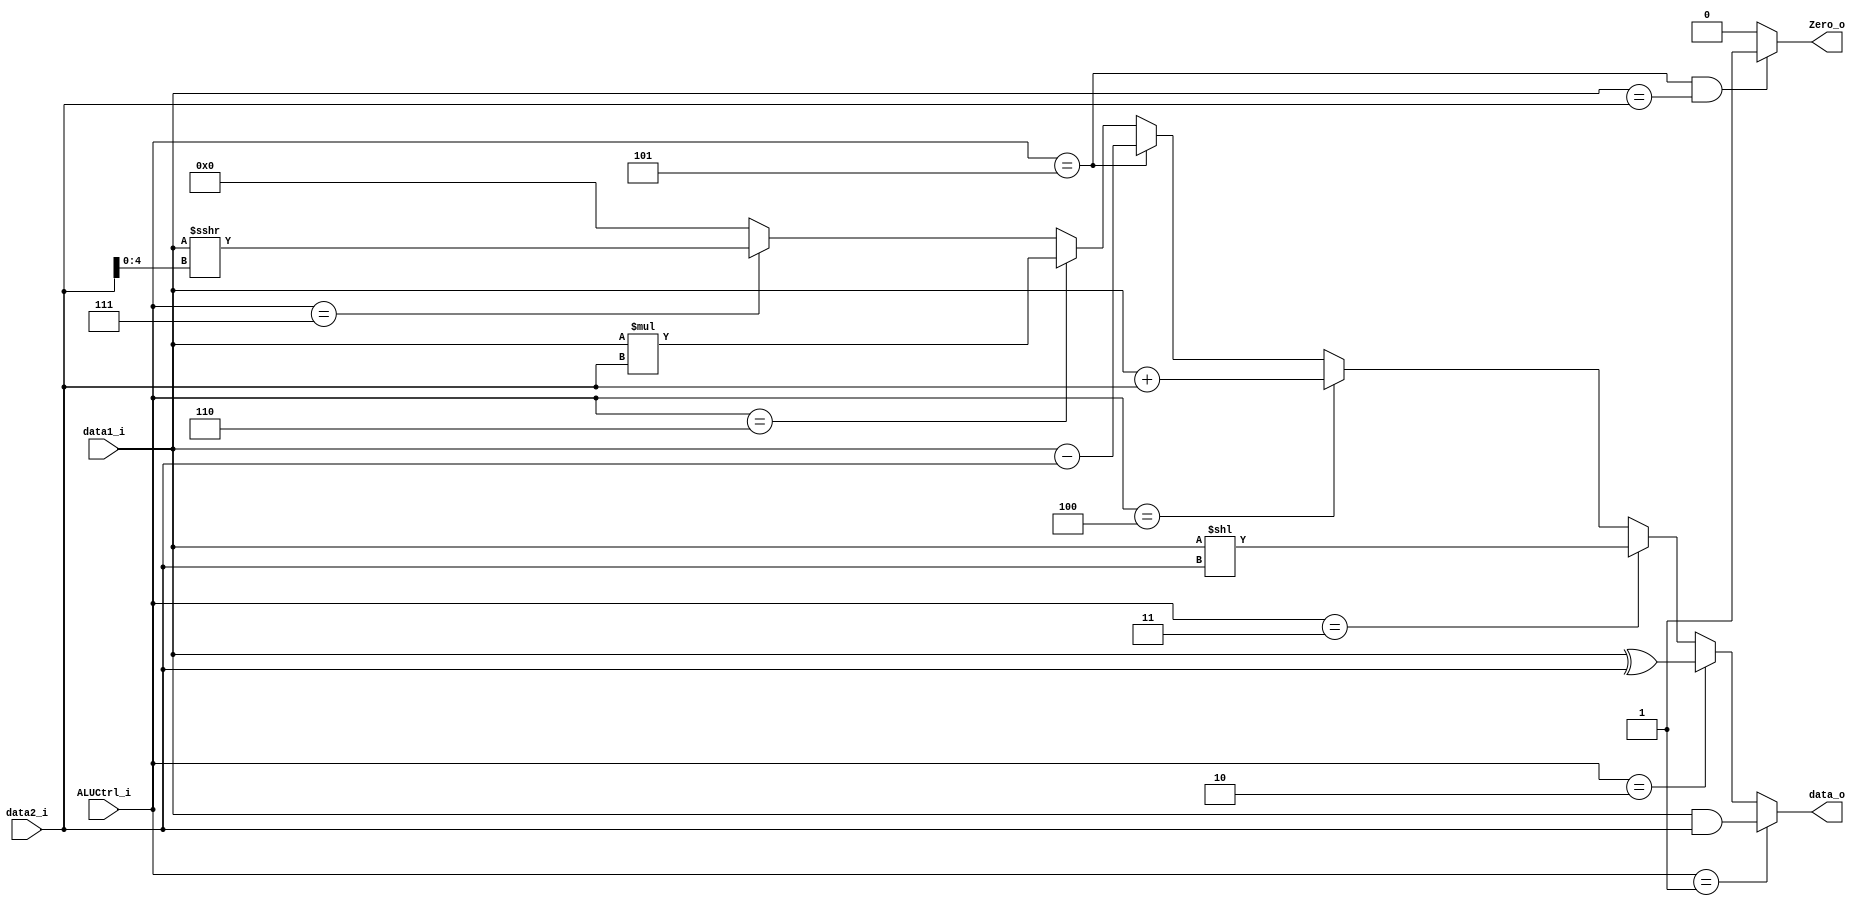
module ALU
(
    data1_i, 
    data2_i,
    ALUCtrl_i,
    data_o,
    Zero_o
);

// Ports
input   signed[31:0]      data1_i;
input   signed[31:0]      data2_i;
input   [2:0]             ALUCtrl_i;
output  signed[31:0]      data_o;
output                    Zero_o;

parameter ALU_AND = 3'd1;
parameter ALU_XOR = 3'd2;
parameter ALU_SLL = 3'd3;
parameter ALU_ADD = 3'd4;
parameter ALU_SUB = 3'd5;
parameter ALU_MUL = 3'd6;
parameter ALU_SRA = 3'd7;

assign data_o = 
    (ALUCtrl_i == ALU_AND) ? (data1_i & data2_i) :
    (ALUCtrl_i == ALU_XOR) ? (data1_i ^ data2_i) :
    (ALUCtrl_i == ALU_SLL) ? (data1_i << data2_i) :
    (ALUCtrl_i == ALU_ADD) ? (data1_i + data2_i) :
    (ALUCtrl_i == ALU_SUB) ? (data1_i - data2_i) :
    (ALUCtrl_i == ALU_MUL) ? (data1_i * data2_i) :
    (ALUCtrl_i == ALU_SRA) ? (data1_i >>> data2_i[4:0]) :
    0; // Default case
assign Zero_o = (ALUCtrl_i == ALU_SUB && data1_i == data2_i) ? 1 : 0;

endmodule